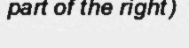
part of the right)